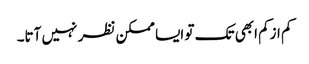
کم ازکم ابھی تک تو ایسا ممکن نظر نہیں آتا۔